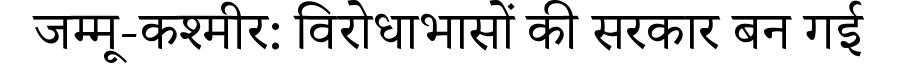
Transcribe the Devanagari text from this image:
जम्मू-कश्मीर: विरोधाभासों की सरकार बन गई